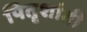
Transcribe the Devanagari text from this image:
पितृशांती